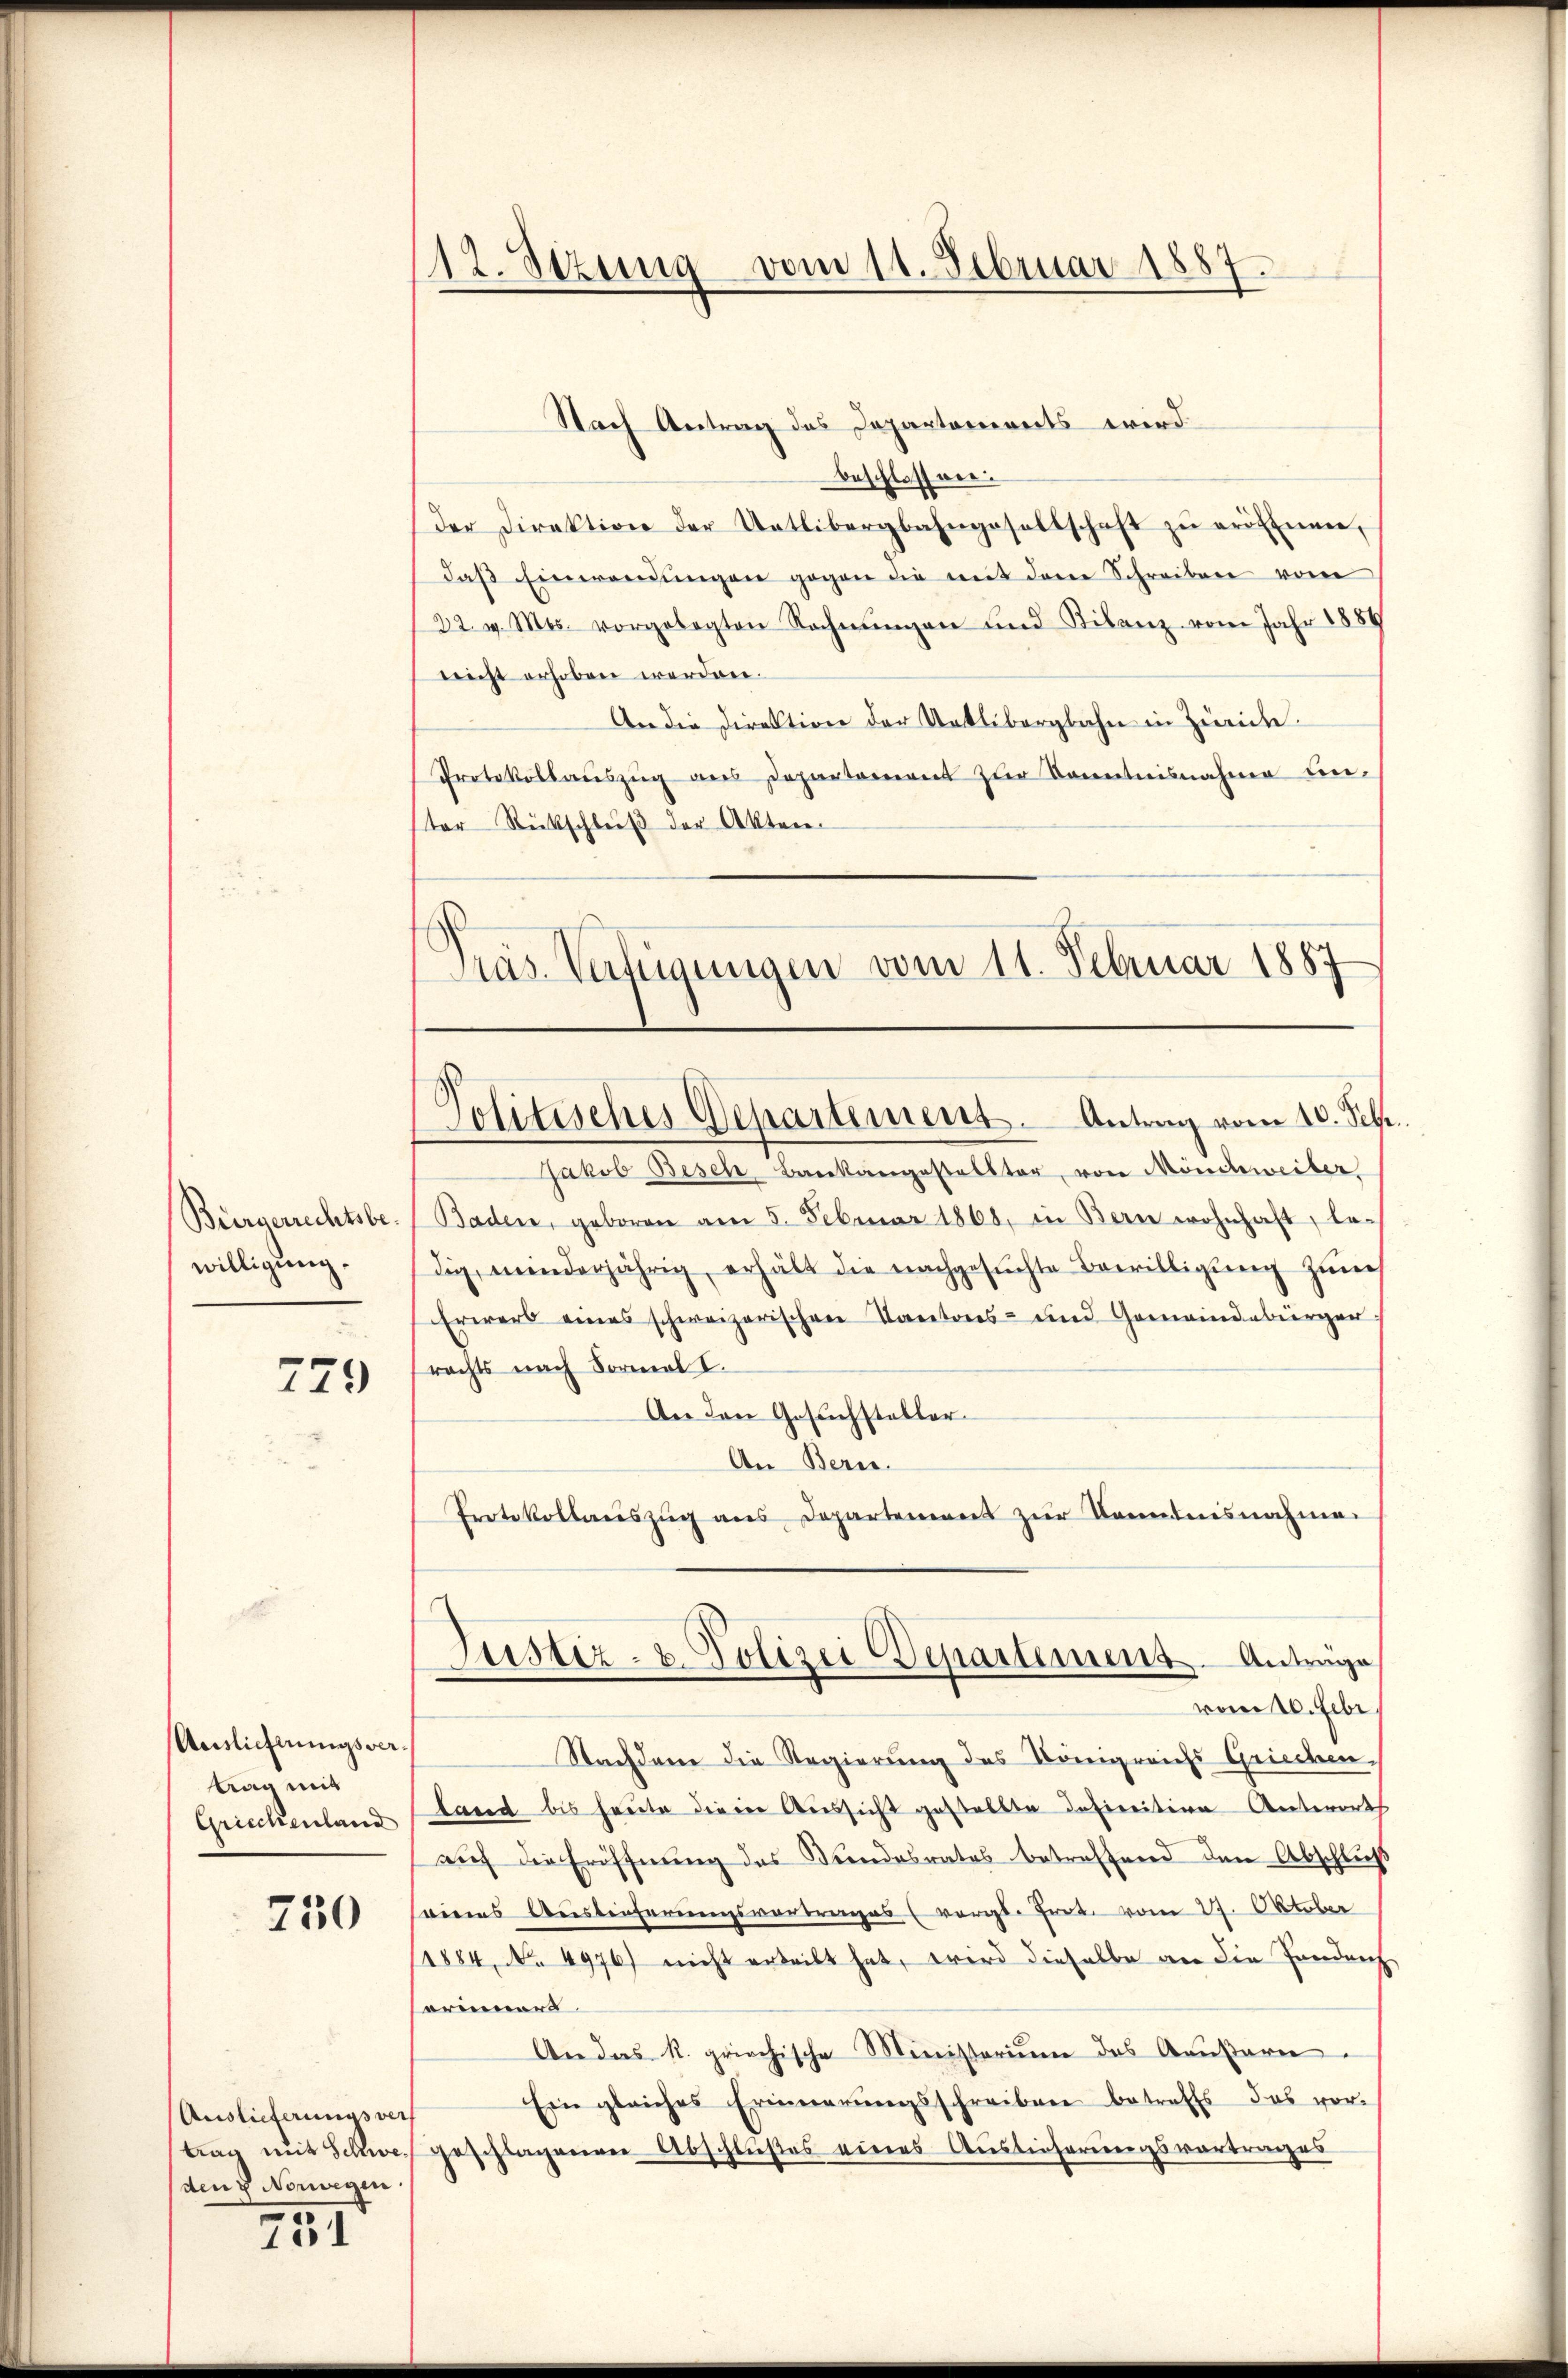
Bürgerrechtsbewilligung.

779

Anslichtungsvertrag mit
Griechenland

750

Auslieferungsvers
trag mit Schweden & Norwegen

731

112. Stzung vom 11. Februar 1887.

Nach Antrag des Departements wird
beschlossner.
der Direktion der Uetlibergbahngesellschaft zŭ eröffnen,
daβ Einwendungen gegen die mit dene Schreiben vom
22. v. Mts. vorgelegten Rechnŭngen und Kilanz vom Jahr 1889
nicht erhoben werden.
An die Direktion der Uetlibergbahn in Zweide.
Protokollaŭszŭg ans Departement zŭr Kenntnisnahme unster Rückschluß der Akten
Jakob Besch Barkangestellter, von Mönchweiber
Baden, geboren am 5. Februar 1868, in Bern wohnhaft, le-
dig, minderjährig, erhält die nachgesŭchte Bewilligŭng zŭm
Erwerb eines schweizerischen Kantons- und Gemeindebürger
rechts nach Formal I.
An den Gesuchstaller
An Bern.
Protokollauszug aus Departement zur Kenntnisnahme.
Justiz- & Polizei Departement. Anträge
vom 10. Febr.
Nachdem die Regierung des Königreichs Grieden.
land bis heute dieser Aussicht gestellte Insinition Antwort
auf die Eröffnung des Kindesrates betreffend den Abschluß
eines Auslieferungsvortrages (vergl. Prot. vom 27. Oktober
1884, NNo. 4976) nicht erteilt hat, wird dieselbe an die Landrech
erinners.
An das R. griechische Ministerium das Aeußern
Ein gleiches Erinnerungsschreiben betreffs das vorgesfragenen Abschlußes eines Auslieferungsvortrages

Präs. Verfügungen vom 11. Februar 1887

Jolitisches Departement. Antrag vom 10. Febr